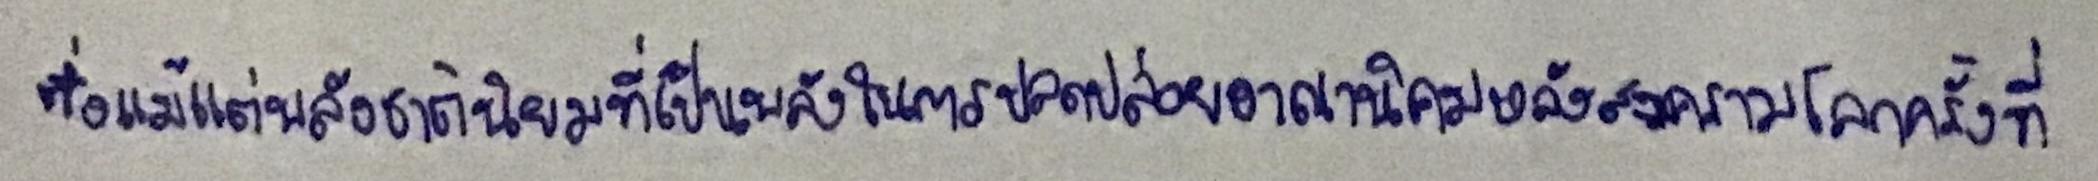
ซึ่งแม้แต่พลังชาตินิยมที่เป็นพลังในการปลดปล่อยอาณานิคมหลังสงครามโลกครั้งที่